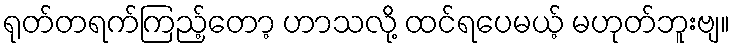
ရုတ်တရက်ကြည့်တော့ ဟာသလို့ ထင်ရပေမယ့် မဟုတ်ဘူးဗျ။